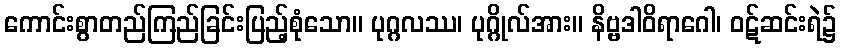
ကောင်းစွာတည်ကြည်ခြင်းပြည့်စုံသော။ ပုဂ္ဂလဿ၊ ပုဂ္ဂိုလ်အား။ နိဗ္ဗဒါဝိရာဂေါ၊ ဝဋ်ဆင်းရဲ၌